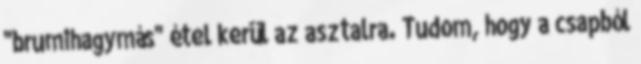
"brumihagymás" étel kerül az asztalra. Tudom, hogy a csapból